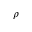
\rho